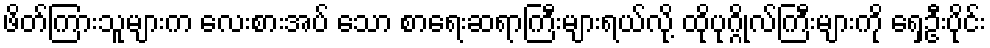
ဖိတ်ကြားသူများက လေးစားအပ် သော စာရေးဆရာကြီးများရယ်လို့ ထိုပုဂ္ဂိုလ်ကြီးများကို ရှေ့ဦးပိုင်း